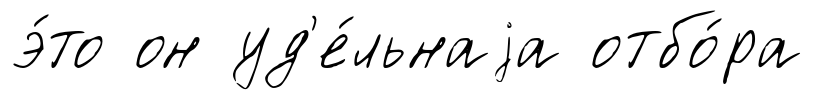
э́то он уд'е́льнаjа отбо́ра